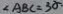
\angle A B C = 3 0 ^ { \circ }